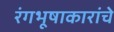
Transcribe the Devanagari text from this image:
रंगभूषाकारांचे